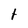
Character: t